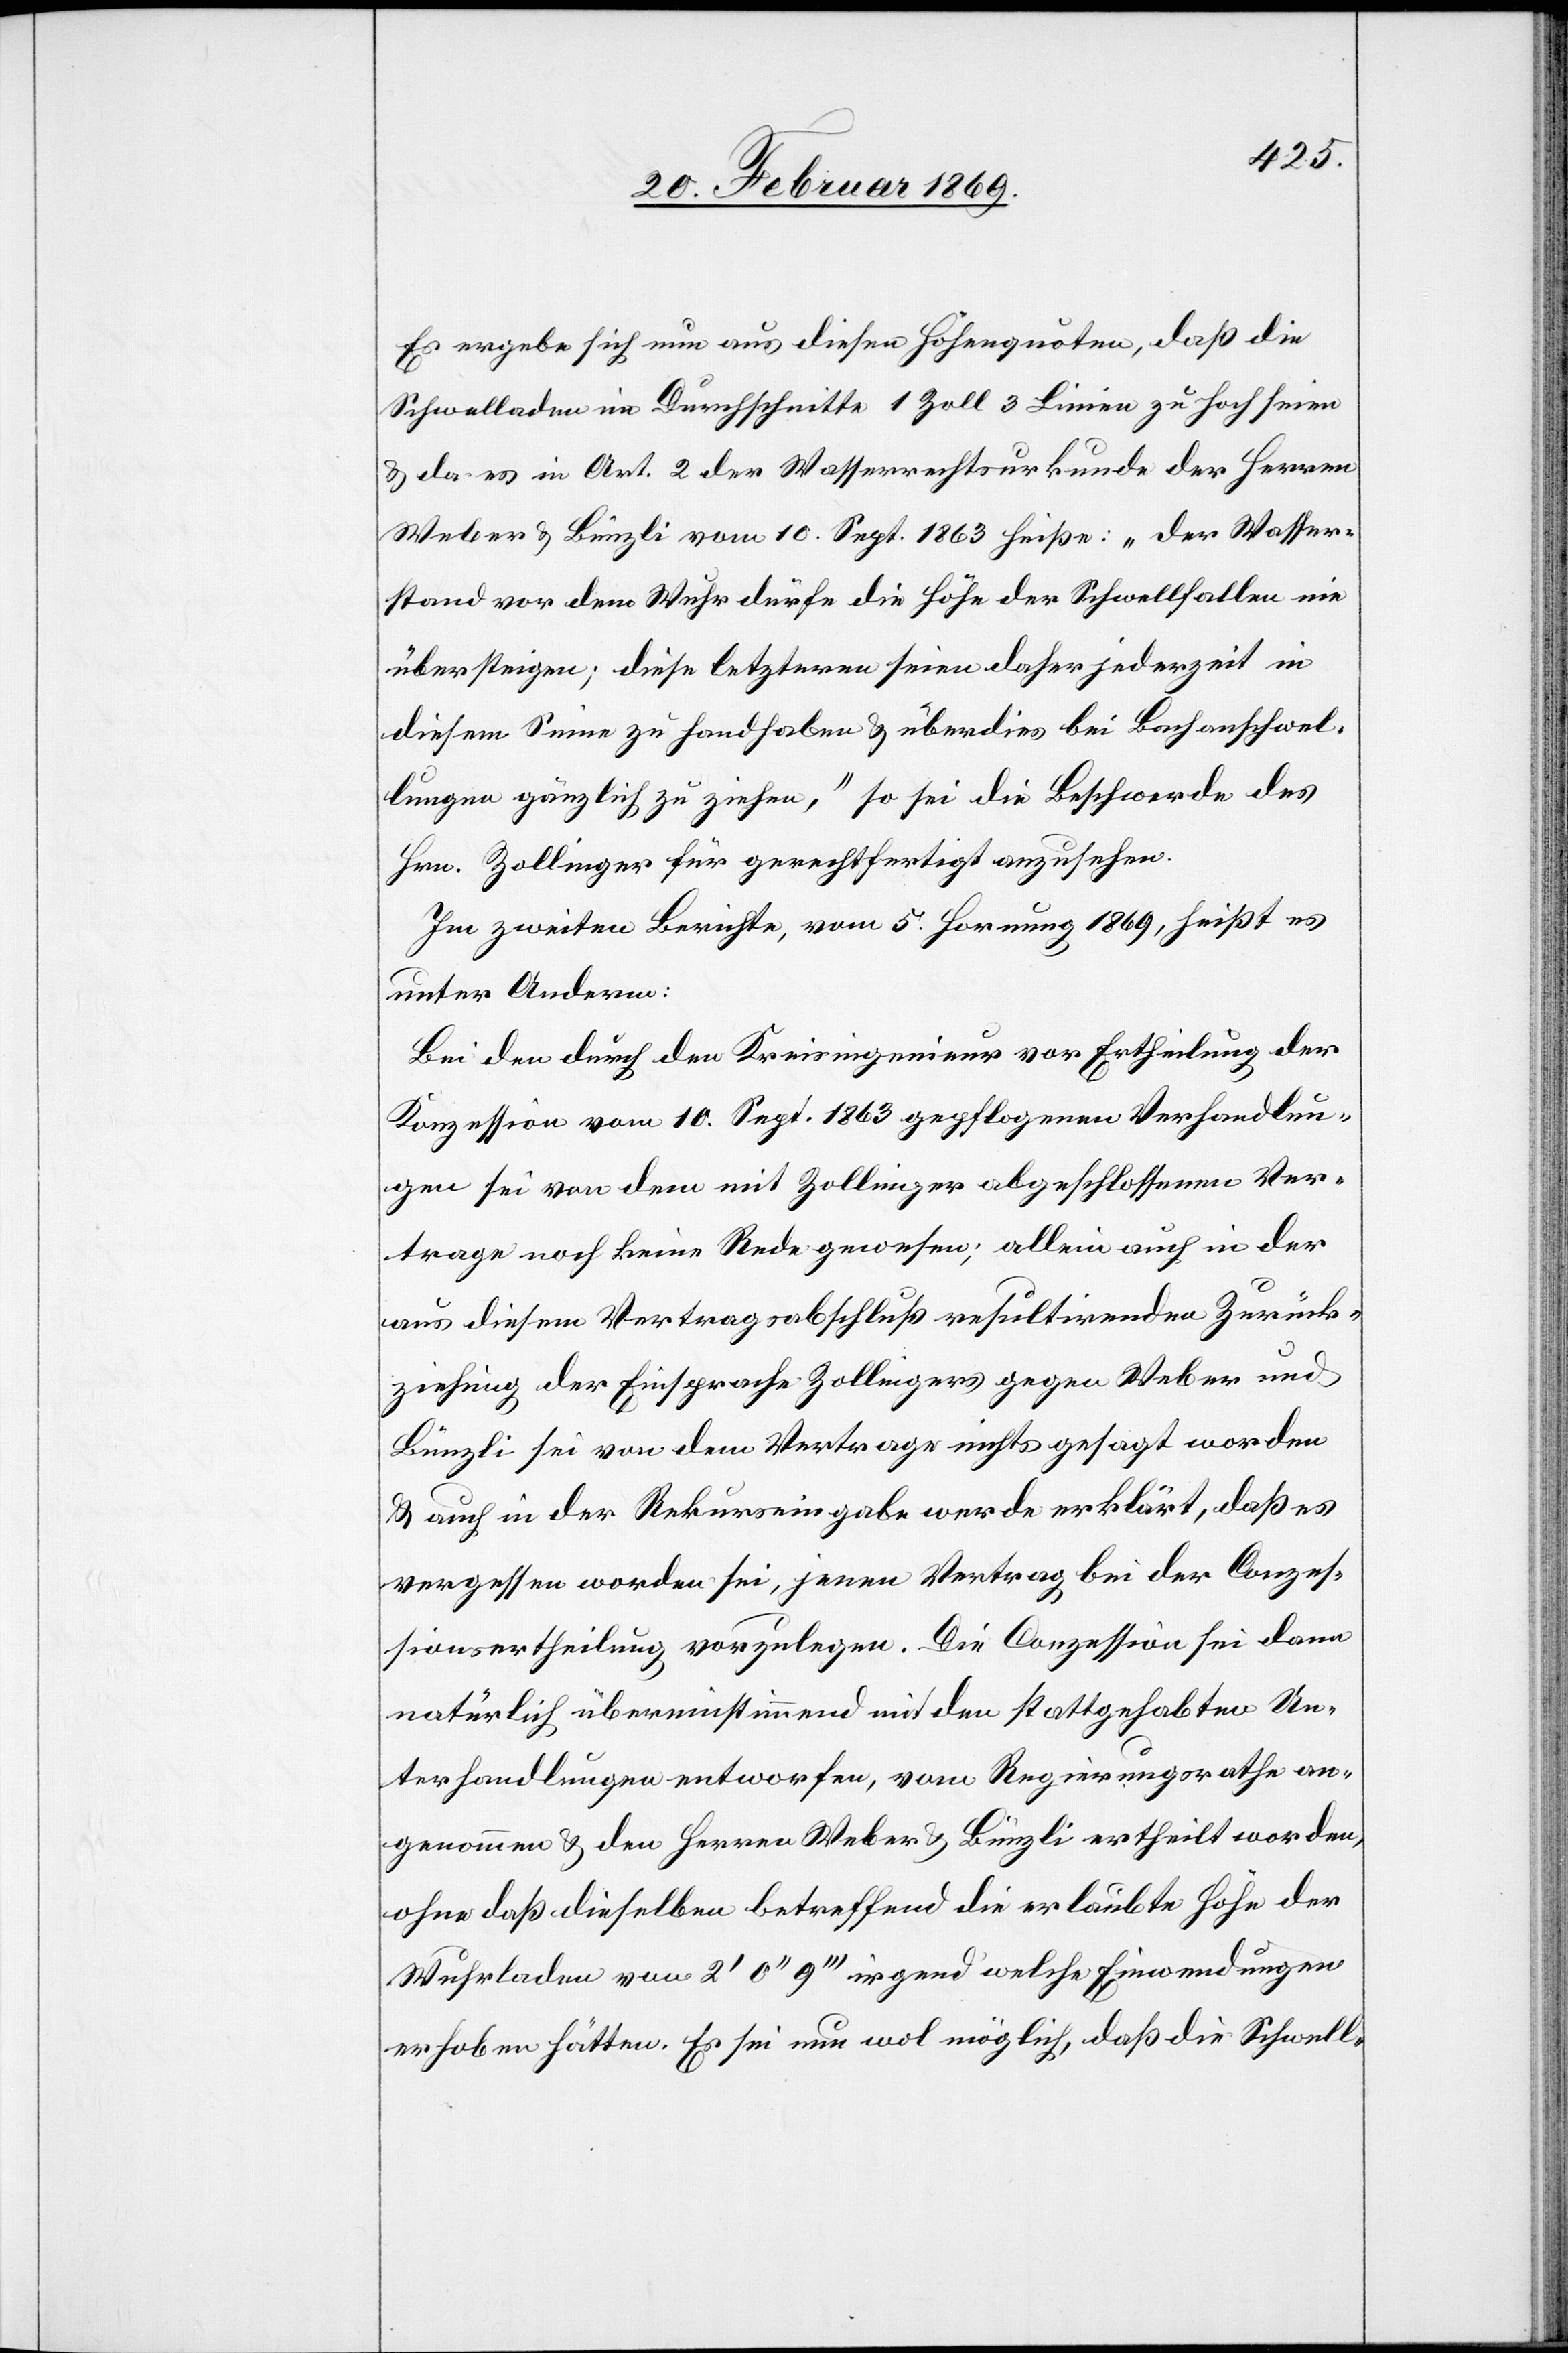
Es ergebe sich nun aus diesen Höhenquoten, daß die
Schwelladen im Durchschnitte 1 Zoll 3 Linien zu hoch seien
& da es in Art. 2 der Wasserrechtsurkunde der Herren
Weber & Bünzli vom 10. Sept. 1863 heiße: „Der Wasser¬
stand vor dem Wuhr dürfe die Höhe der Schwellfallen nie
übersteigen; diese letzteren seien daher jederzeit in
diesem Sinne zu handhaben & überdies bei Bachanschwel¬
lungen gänzlich zu ziehen,“ so sei die Beschwerde des
Hrn. Zollinger für gerechtfertigt anzusehen.
Im zweiten Berichte, vom 5. Hornung 1869, heißt es
unter Anderm:
Bei den durch den Kreisingenieur vor Ertheilung der
Konzession vom 10. Sept. 1863 gepflogenen Verhandlun¬
gen sei von dem mit Zollinger abgeschlossenen Ver¬
trage noch keine Rede gewesen; allein auch in der
aus diesem Vertragsabschluß resultirenden Zurück¬
ziehung der Einsprache Zollingers gegen Weber und
Bünzli sei von dem Vertrage nichts gesagt worden
& auch in der Rekurseingabe werde erklärt, daß es
vergessen worden sei, jenen Vertrag bei der Conzes¬
sionsertheilung vorzulegen. Die Conzession sei dann
natürlich übereinstimmend mit den stattgehabten Un¬
terhandlungen entworfen, vom Regierungsrathe an¬
genommen u. den Herren Weber & Bünzli ertheilt worden,
ohne daß dieselben betreffend die erlaubte Höhe der
Wuhrladen vom 2’ 0’’ 9’’’ irgend welche Einwendungen
erhoben hätten. Es sei nun wol möglich, daß die Schwell-